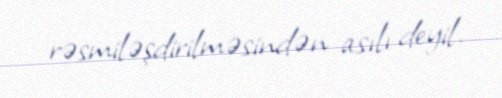
rəsmiləşdirilməsindən asılı deyil.